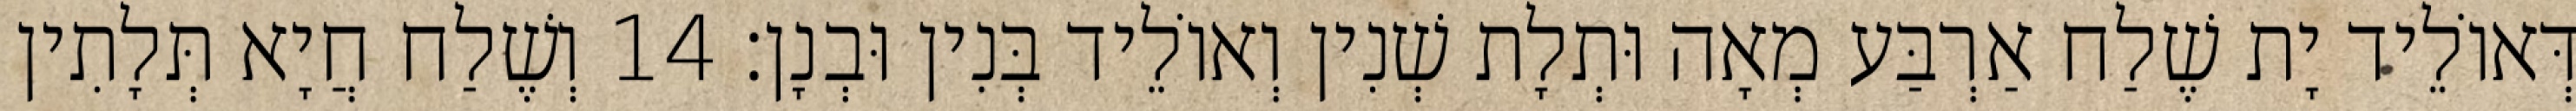
דְּאוֹלֵיד יָת שֶׁלַח אַרְבַּע מְאָה וּתְלָת שְׁנִין וְאוֹלֵיד בְּנִין וּבְנָן׃ 14 וְשֶׁלַח חֲיָא תְּלָתִין